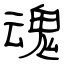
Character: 魂